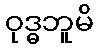
ဝုဒ္ဓဘူမိ